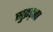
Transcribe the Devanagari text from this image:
सुद्रड़ता